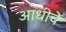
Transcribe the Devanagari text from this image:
अाधीचे